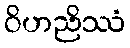
ဝိဟညိဿံ